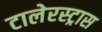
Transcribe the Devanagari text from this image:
टालेरस्ट्रास